Subject: stat
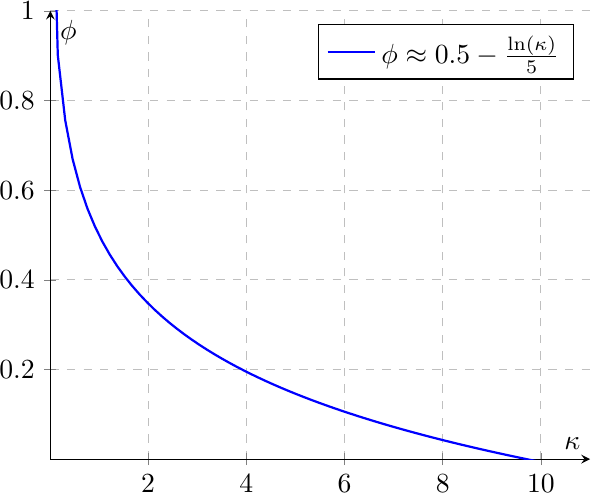
LaTeX code:
\begin{tikzpicture}
\begin{axis}[
    xlabel={$\kappa$},
    ylabel={$\phi$},
    axis lines=middle,
      ymajorgrids=true,
     xmajorgrids=true,
    grid style=dashed,
    xmin=0.01, xmax=11, % Adjust the x-axis limits as needed
    ymin=0, ymax=1.0, % Adjust the y-axis limits as needed
    samples=100, % Number of samples for the plot
    domain=0.01:15, % Domain for x values
    legend pos= north east, % Adjust the legend position as needed
    grid=both % Display grid lines
]

\addplot[blue, thick] {0.5 - ln(x)/4.5454};
\legend{$\phi \approx 0.5 - \frac{\ln(\kappa)}{5}$}

\end{axis}
\end{tikzpicture}